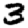
Digit: 3